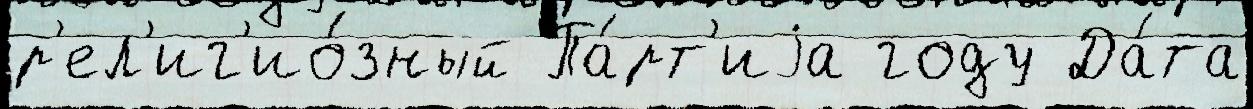
р'ел'иг'ио́зный Па́рт'иjа году Да́та